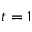
t = 1